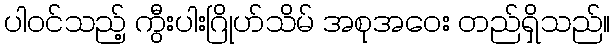
ပါဝင်သည့် ကွီးပါးဂြိုဟ်သိမ် အစုအဝေး တည်ရှိသည်။